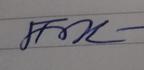
Signature authenticity: genuine